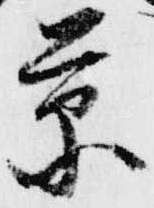
景